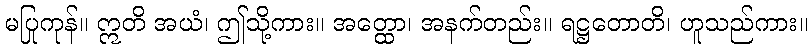
မပြုကုန်။ ဣတိ အယံ၊ ဤသို့ကား။ အတ္ထော၊ အနက်တည်း။ ရဋ္ဌတောတိ၊ ဟူသည်ကား။